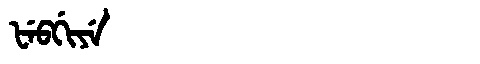
Manchu: ᡶᡝᠪᡤᡳᠶᡝ
Romanization: FEBGIYE